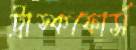
ট্রাস্কফোর্স